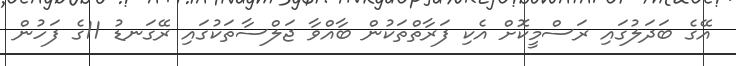
އޭގެ ބަދަލުގައި ރަސްމީކޮށް އެކި ފަރާތްތަކުން ބާއްވާ ޖަލްސާތަކުގައި ރޭގަނޑު 11ގެ ފަހުން